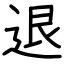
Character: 退